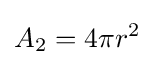
A_{2}=4\pi r^{2}